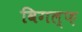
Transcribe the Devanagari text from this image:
विगल्फ़